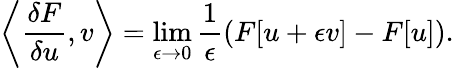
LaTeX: \left\langle\frac{\delta F}{\delta u},v\right\rangle=\operatorname*{lim}_{\epsilon\to 0}\frac{1}{\epsilon}\left(F[u+\epsilon v]-F[u]\right).